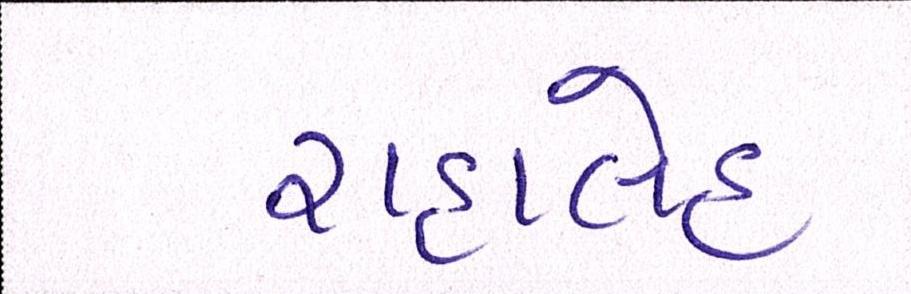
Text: રાહાલેહ